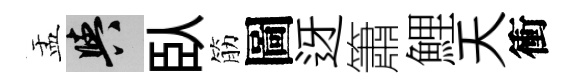
盂阳臥筋圖迓簫鯉天衝